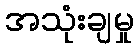
အသုံးချမှု